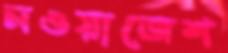
নওয়াজেশ